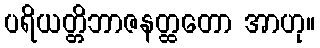
ပရိယတ္တိဘာဇနတ္ထတော အာဟု။